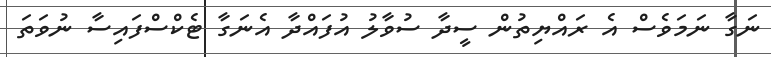
ނަގާ ނަމަވެސް އެ ރައްޔިތުން ސީދާ ސުވާލު އުފައްދާ އެނަގާ ޓެކްސްފައިސާ ނުވަތަ